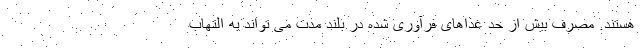
هستند. مصرف بیش از حد غذاهای فرآوری شده در بلند مدت می تواند به التهاب